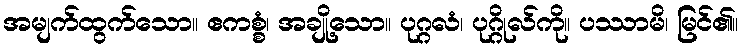
အမျက်ထွက်သော။ ဧကစ္စံ၊ အချို့သော။ ပုဂ္ဂလံ၊ ပုဂ္ဂိုလ်ကို။ ပဿာမိ၊ မြင်၏။